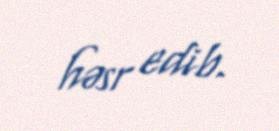
həsr edib.